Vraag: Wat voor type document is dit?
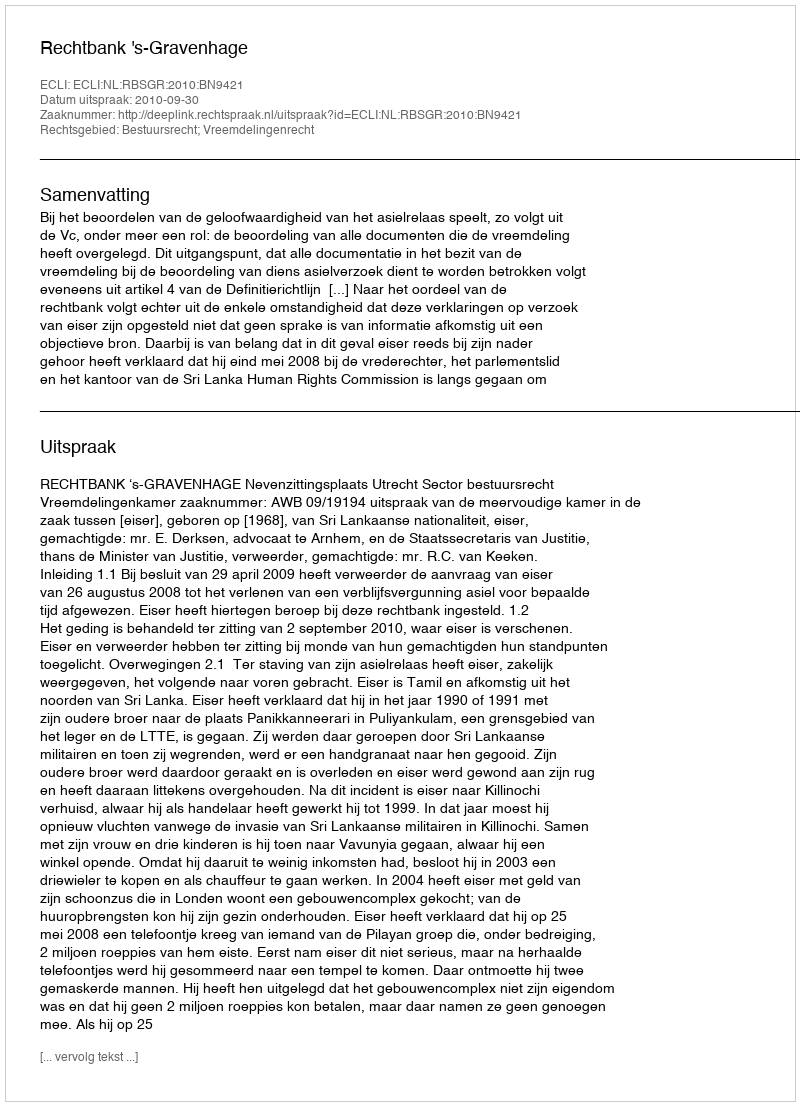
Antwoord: Uitspraak